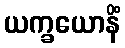
ယက္ခယောနိံ